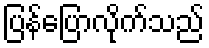
ပြန်ပြောလိုက်သည်